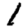
Digit: 1